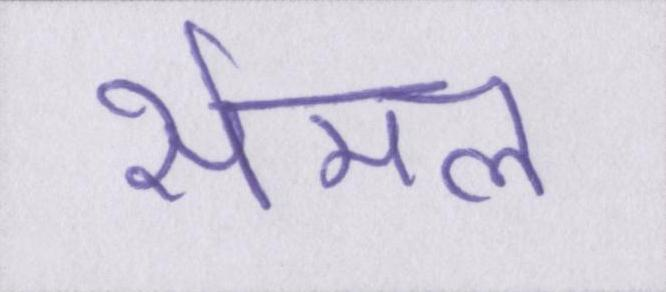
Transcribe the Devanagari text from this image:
सेमल